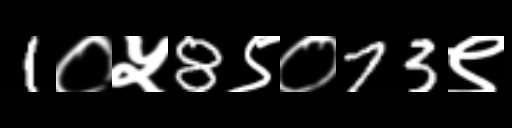
Text: 1०५8९०73९